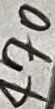
Text: 470